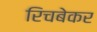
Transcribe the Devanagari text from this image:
रिचबेकर